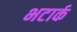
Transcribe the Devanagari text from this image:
भटार्क